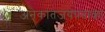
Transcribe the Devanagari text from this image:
अनेकांतजयपताका